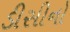
ડીસીનો